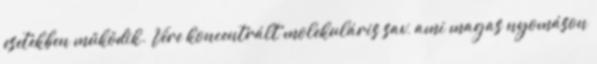
esetekben működik. Vére koncentrált molekuláris sav, ami magas nyomáson